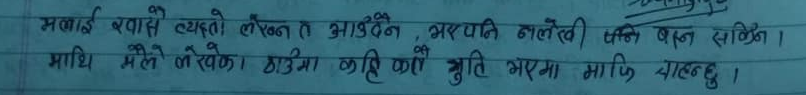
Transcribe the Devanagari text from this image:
मलाई खासै लेख्न त आउँदैन, अरुपनि कालेखी सकिनँ।
प्राधि मैले लेखेको. ठाउँमा कहिँ कयौँ त्रुति भएमा माफी चाहन्छु।